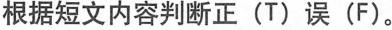
根据短文内容判断正(T)误(F)。